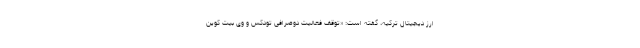
ارز دیجیتال ترکیه، گفته است: «توقف فعالیت دوصرافی تودکس و وی بیت کوین